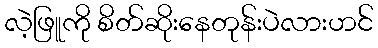
လဲ့ဖြူကို စိတ်ဆိုးနေတုန်းပဲလားဟင်